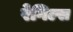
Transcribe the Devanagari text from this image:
रेगिल्स